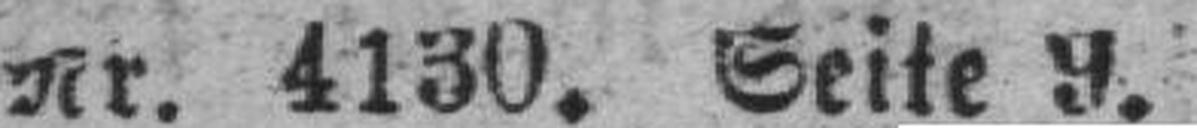
Nr. 4130. Seite 9.